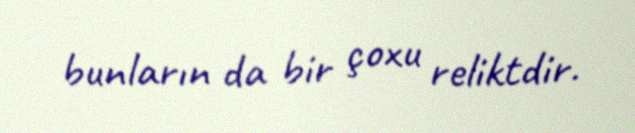
bunların da bir çoxu reliktdir.